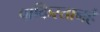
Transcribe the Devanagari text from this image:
पाकिस्तानहैं